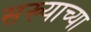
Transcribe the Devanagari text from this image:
सख्याच्या